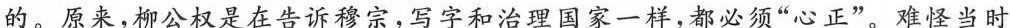
的。原来，柳公权是在告诉穆宗，写字和治理国家一样，都必须”心正”。难怪当时